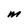
Character: M